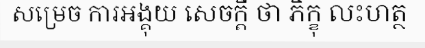
សម្រេច ការអង្គុយ សេចក្តី ថា ភិក្ខុ លះហត្ថ